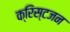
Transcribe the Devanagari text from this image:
क्रिस्टजन